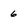
Character: 6